Annual report of the Madras Medical College
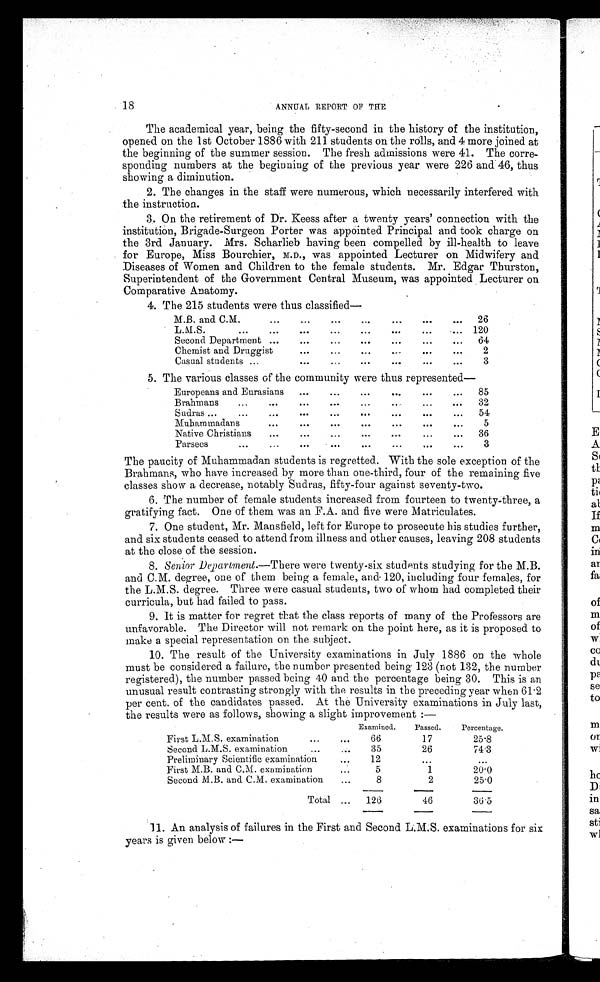
18
ANNEAL REPORT OF THE
The academical year, being the fifty-second in the history of the institution,
opened on the 1st October 1886 with 211 students on the rolls, and 4 more joined at
the beginning of the summer session. The fresh admissions were 41. The corre
sponding numbers at the beginning of the previous year were 226 and 46, thus
showing a diminution.
1.
The changes in the staff were numerous, which necessarily interfered with
the instruction.
2.
On the retirement of Dr. Keess after a twenty years' connection with the
institution, Brigade-Surgeon Porter was appointed Principal and took charge on
the 3rd January. Mrs. Scharlieb having been compelled by ill-health to leave
for Europe, Miss Bourchier, M.D., was appointed Lecturer on Midwifery and
Diseases of Women and Children to the female students. Mr. Edgar Thurston,
Superintendent of the Government Central Museum, was appointed Lecturer on
Comparative Anatomy.
3.
The 215 students were thus classified
—
M.B. and C.M.
26
L.M.S.
120
Second Department
64
Chemist and Druggist
2
Casual students
3
4.
The various classes of the community were thus represented—
Europeans and Eurasians
85
Brahmans
32
Sudras
54
Muhammadans
5
Native Christians
36
Parsees
3
The paucity of Muhammadan students is regretted. With the sole exception of the
Brahmans, who have increased by more than one-third, four of the remaining five
classes show a decrease, notably Sudras, fifty-four against seventy-two.
5. The number of female students increased from fourteen to twenty-three, a
gratifying fact. One of them was an F.A. and five were Matriculates.
6.
One student, Mr. Mansfield, left for Europe to prosecute his studies further,
and six students ceased to attend from illness and other causes, leaving 208 students
at the close of the session.
7.
Senior Department.—There were twenty-six students studying for the M.B.
and C.M. degree, one of them being a female, and 120, including four females, for
the L.M.S. degree. Three were casual students, two of whom had completed their
curricula, but had failed to pass.
8.
It is matter for regret that the class reports of many of the Professors are
unfavorable. The Director will not remark on the point here, as it is proposed to
make a special representation on the subject.
9.
The result of the University examinations in July 1886 on the whole
must be considered a failure, the number presented being 123 (not 132, the number
registered), the number passed being 40 and the percentage being 30. This is an
unusual result contrasting strongly with the results in the preceding year when 61·2
per cent. of the candidates passed. At the University examinations in July last,
the results were as follows, showing a slight improvement :—
Examined.
Passed.
Percentage.
First L.M.S. examination
66
17
25·8
Second L.M.S. examination
3 5
26
74·3
Preliminary Scientific examination
1 2
First M.B. and C.M. examination
5
1
20·0
Second M.B. and C.M. examination
8
2
25·0
Total
126
46
36·5
10.
An analysis of failures in the First and Second L.M.S. examinations for six
years is given below :—